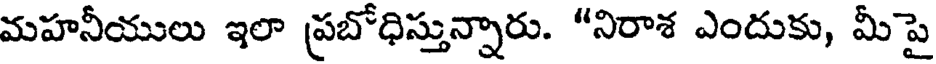
మహనీయులు ఇలా ప్రబోధిస్తున్నారు. "నిరాశ ఎందుకు, మీపై